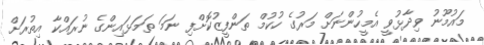
މައުމޫނު ވިދާޅުވީ އެމީހުންނަށް މަރުގެ ހުކުމް ތަންފީޒުކޮށްފި ނަމަ ތަމަޅައިންގެ ނުރައްކާ އިތުރަށް